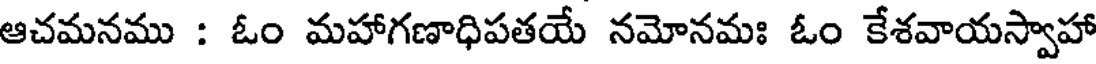
ఆచమనము : ఓం మహాగణాధిపతయే నమోనమః ఓం కేశవాయస్వాహా